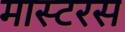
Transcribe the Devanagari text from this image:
मास्टरस